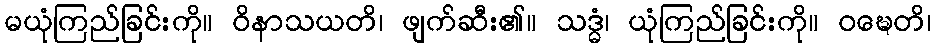
မယုံကြည်ခြင်းကို။ ဝိနာသယတိ၊ ဖျက်ဆီး၏။ သဒ္ဓံ၊ ယုံကြည်ခြင်းကို။ ဝဍ္ဎေတိ၊